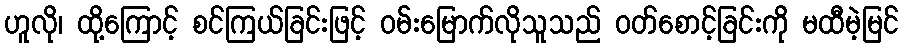
ဟူလို၊ ထို့ကြောင့် စင်ကြယ်ခြင်းဖြင့် ဝမ်းမြောက်လိုသူသည် ဝတ်စောင့်ခြင်းကို မထီမဲ့မြင်